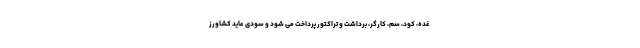
غده، کود، سم، کارگر، برداشت و تراکتور پرداخت می شود و سودی عاید کشاورز